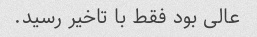
عالی بود فقط با تاخیر رسید.